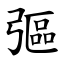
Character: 彄